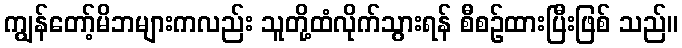
ကျွန်တော့်မိဘများကလည်း သူတို့ထံလိုက်သွားရန် စီစဉ်ထားပြီးဖြစ် သည်။